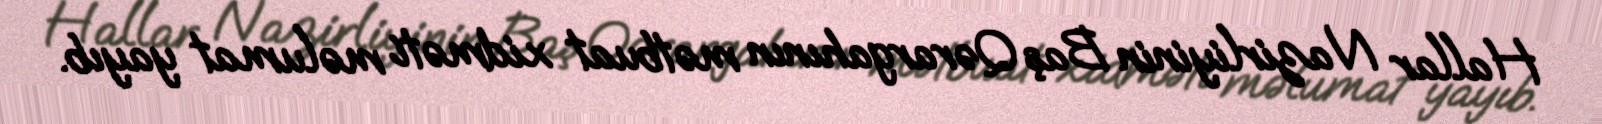
Hallar Nazirliyinin Baş Qərargahının mətbuat xidməti məlumat yayıb.